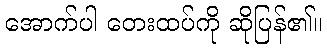
အောက်ပါ တေးထပ်ကို ဆိုပြန်၏။